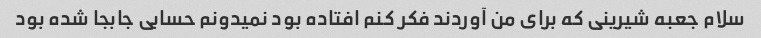
سلام جعبه شیرینی که برای من آوردند فکر کنم افتاده بود نمیدونم حسابی جابجا شده بود